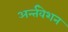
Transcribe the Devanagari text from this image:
अर्न्तवेशन